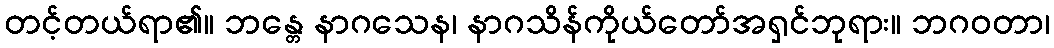
တင့်တယ်ရာ၏။ ဘန္တေ နာဂသေန၊ နာဂသိန်ကိုယ်တော်အရှင်ဘုရား။ ဘဂဝတာ၊